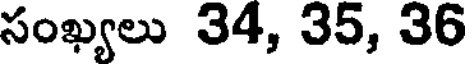
సంఖ్యలు 34, 35, 36